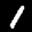
Label: 1